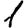
Digit: 1